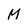
Character: M